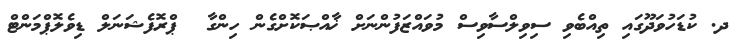
ދ. ކުޑަހުވަދޫގައި ތިއްބެވި ސިވިލްސާވިސް މުވައްޒަފުންނަށް ޚާއްޞަކޮށްގެން ހިންގާ  ޕްރޮފެޝަނަލް ޑިވެލޮޕްމަންޓް